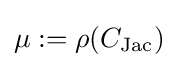
\mu :=\rho (C_{\text{Jac}})